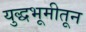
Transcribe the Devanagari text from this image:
युद्धभूमीतून